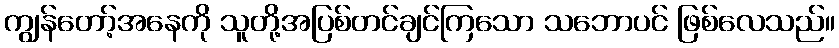
ကျွန်တော့်အနေကို သူတို့အပြစ်တင်ချင်ကြသော သဘောပင် ဖြစ်လေသည်။